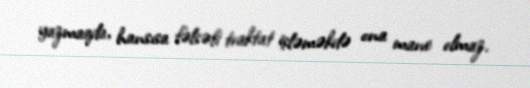
yazmaqda, hansısa fəlsəfi traktat işləməkdə ona mane olmaz.